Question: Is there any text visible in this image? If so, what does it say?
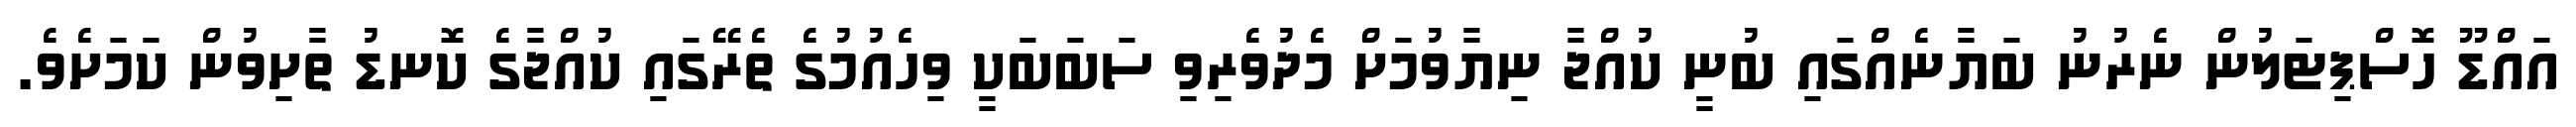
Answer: އައްޑޫ ހޮސްޕިޓަލުން ނެރުނު ބަޔާނެއްގައި ބުނީ ކުއްޖާ ނިޔާވުމަށް މެދުވެރިވި ސަބަބަކީ ވިހެއުމުގެ ތެރޭގައި ކުއްޖާގެ ކޮނޑު ތާށިވުން ކަމަށެވެ.